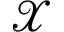
\mathcal { X }